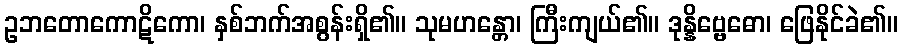
ဥဘတောကောဋိကော၊ နှစ်ဘက်အစွန်းရှိ၏။ သုမဟန္တော၊ ကြီးကျယ်၏။ ဒုန္နိဗ္ဗေဓော၊ ဖြေနိုင်ခဲ၏။